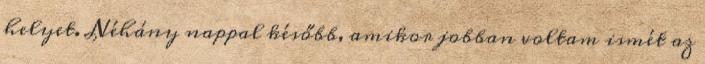
helyet. Néhány nappal később, amikor jobban voltam ismét az